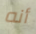
أنه